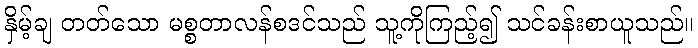
နှိမ့်ချ တတ်သော မစ္စတာလန်စဒင်သည် သူ့ကိုကြည့်၍ သင်ခန်းစာယူသည်။